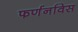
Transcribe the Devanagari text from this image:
फर्णनविस